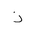
Letter: _thal